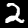
Digit: 2